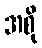
အစို